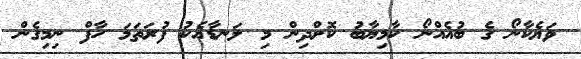
ވަޔެކާނޯ ގެ ބުއެއްނޯ ކާމިޔާބު ކޮށްދިން މި ލަނޑާއެކު ފުރަތަމަ ހާފް ނިމިގެން